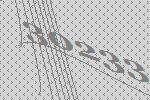
30233